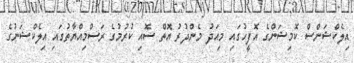
އިލެކްޝަންސް ކޮމިޝަންގެ އޮފީހުގައި މިއަދު މެންދުރު އޮތް ސޮއި ކުރުމުގެ ރަސްމިއްޔާތުގައި އިލެކްޝަނުގެ